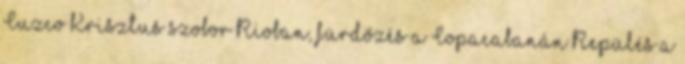
Cuzco Krisztus szobor Rioban, fürdőzés a Copacabanán Repülés a